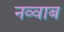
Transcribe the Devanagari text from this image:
नव्वाब